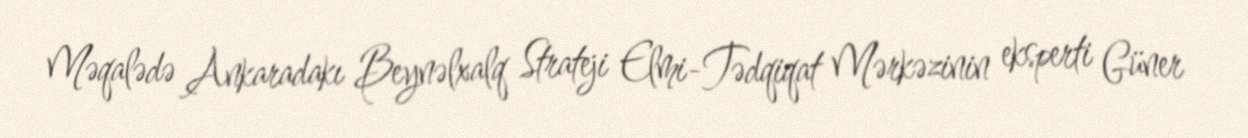
Məqalədə Ankaradakı Beynəlxalq Strateji Elmi-Tədqiqat Mərkəzinin eksperti Güner